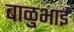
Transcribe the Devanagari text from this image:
बाळुभाई